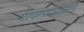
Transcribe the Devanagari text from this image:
गोदापाञातील